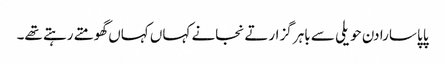
پاپا سارا دن حویلی سے باہر گزارتے نجانے کہاں کہاں گھومتے رہتے تھے۔